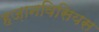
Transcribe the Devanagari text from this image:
हज़ानविसियस